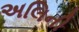
અલિની